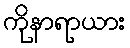
ကိုနာရာယား